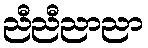
ညီညီညာညာ